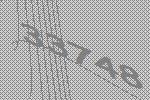
33748